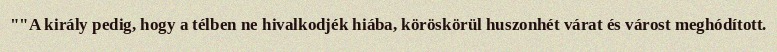
""A király pedig, hogy a télben ne hivalkodjék hiába, köröskörül huszonhét várat és várost meghódított.